Medical and sanitary report of the native army of Bengal for the year
Year: 1878
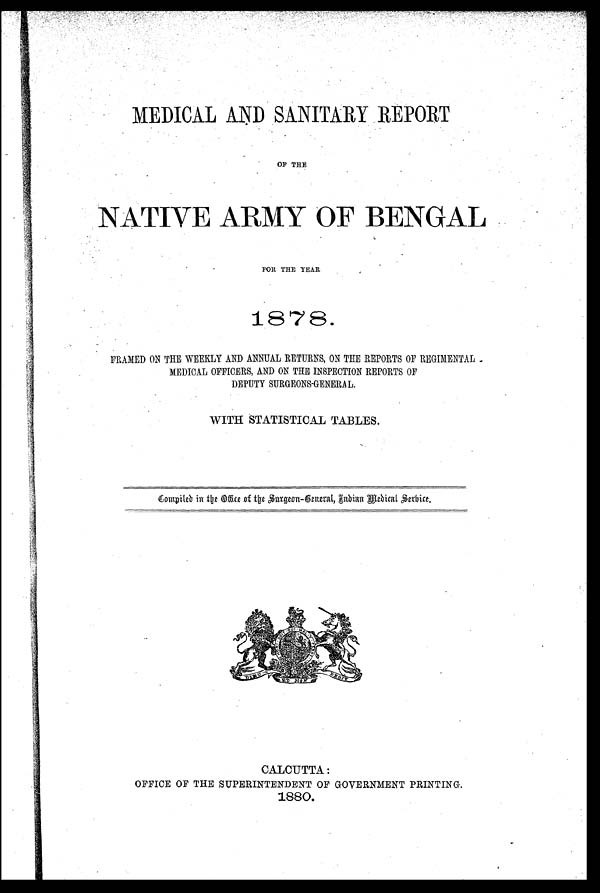
MEDICAL AND SANITARY REPORT
OF THE
NATIVE ARMY OF BENGAL
FOR THE YEAR
1878.
FRAMED ON THE WEEKLY AND ANNUAL RETURNS, ON THE REPORTS OF REGIMENTAL
MEDICAL OFFICERS, AND ON THE INSPECTION REPORTS OF
DEPUTY SURGEONS-GENERAL.
WITH STATISTICAL TABLES.
Compiled in the Office of the Surgeon-General, Indian Medical Service.
CALCUTTA:
OFFICE OF THE SUPERINTENDENT OF GOVERNMENT PRINTING.
1880.